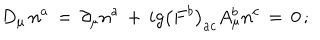
LaTeX: D _ { \mu } \, n ^ { a } \, = \, \partial _ { \mu } n ^ { a } \, + \, i g \left( F ^ { b } \right) _ { a c } A _ { \mu } ^ { b } n ^ { c } \, = \, 0 \, ;